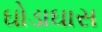
ઘોડાઘાસ